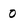
Character: 0